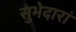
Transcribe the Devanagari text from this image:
सुभेदारां